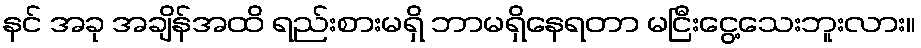
နင် အခု အချိန်အထိ ရည်းစားမရှိ ဘာမရှိနေရတာ မငြီးငွေ့သေးဘူးလား။